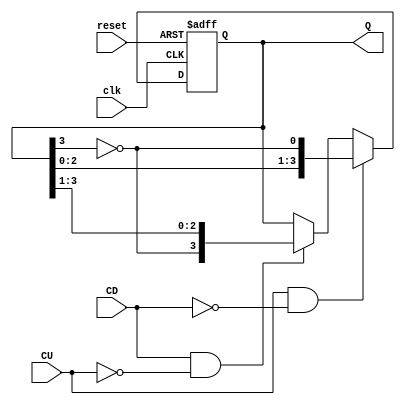
module bidirectional_johnson_counter (
    input wire clk,          // Clock input
    input wire reset,        // Asynchronous reset
    input wire CU,          // Count Up control signal
    input wire CD,          // Count Down control signal
    output reg [N-1:0] Q    // Counter output
);
    parameter N = 4; // Number of flip-flops (adjust as needed)

    // Internal signal for feedback
    wire feedback;

    // Feedback logic: Inverted output of the last flip-flop
    assign feedback = ~Q[N-1];

    always @(posedge clk or posedge reset) begin
        if (reset) begin
            Q <= 0; // Reset the counter to 0
        end else if (CU && !CD) begin
            // Count Up: Shift right and feed back inverted last flip-flop output
            Q <= {Q[N-2:0], feedback};
        end else if (CD && !CU) begin
            // Count Down: Shift left and feed back inverted first flip-flop output
            Q <= {feedback, Q[N-1:1]};
        end
        // If both CU and CD are low, maintain the current state
    end
endmodule